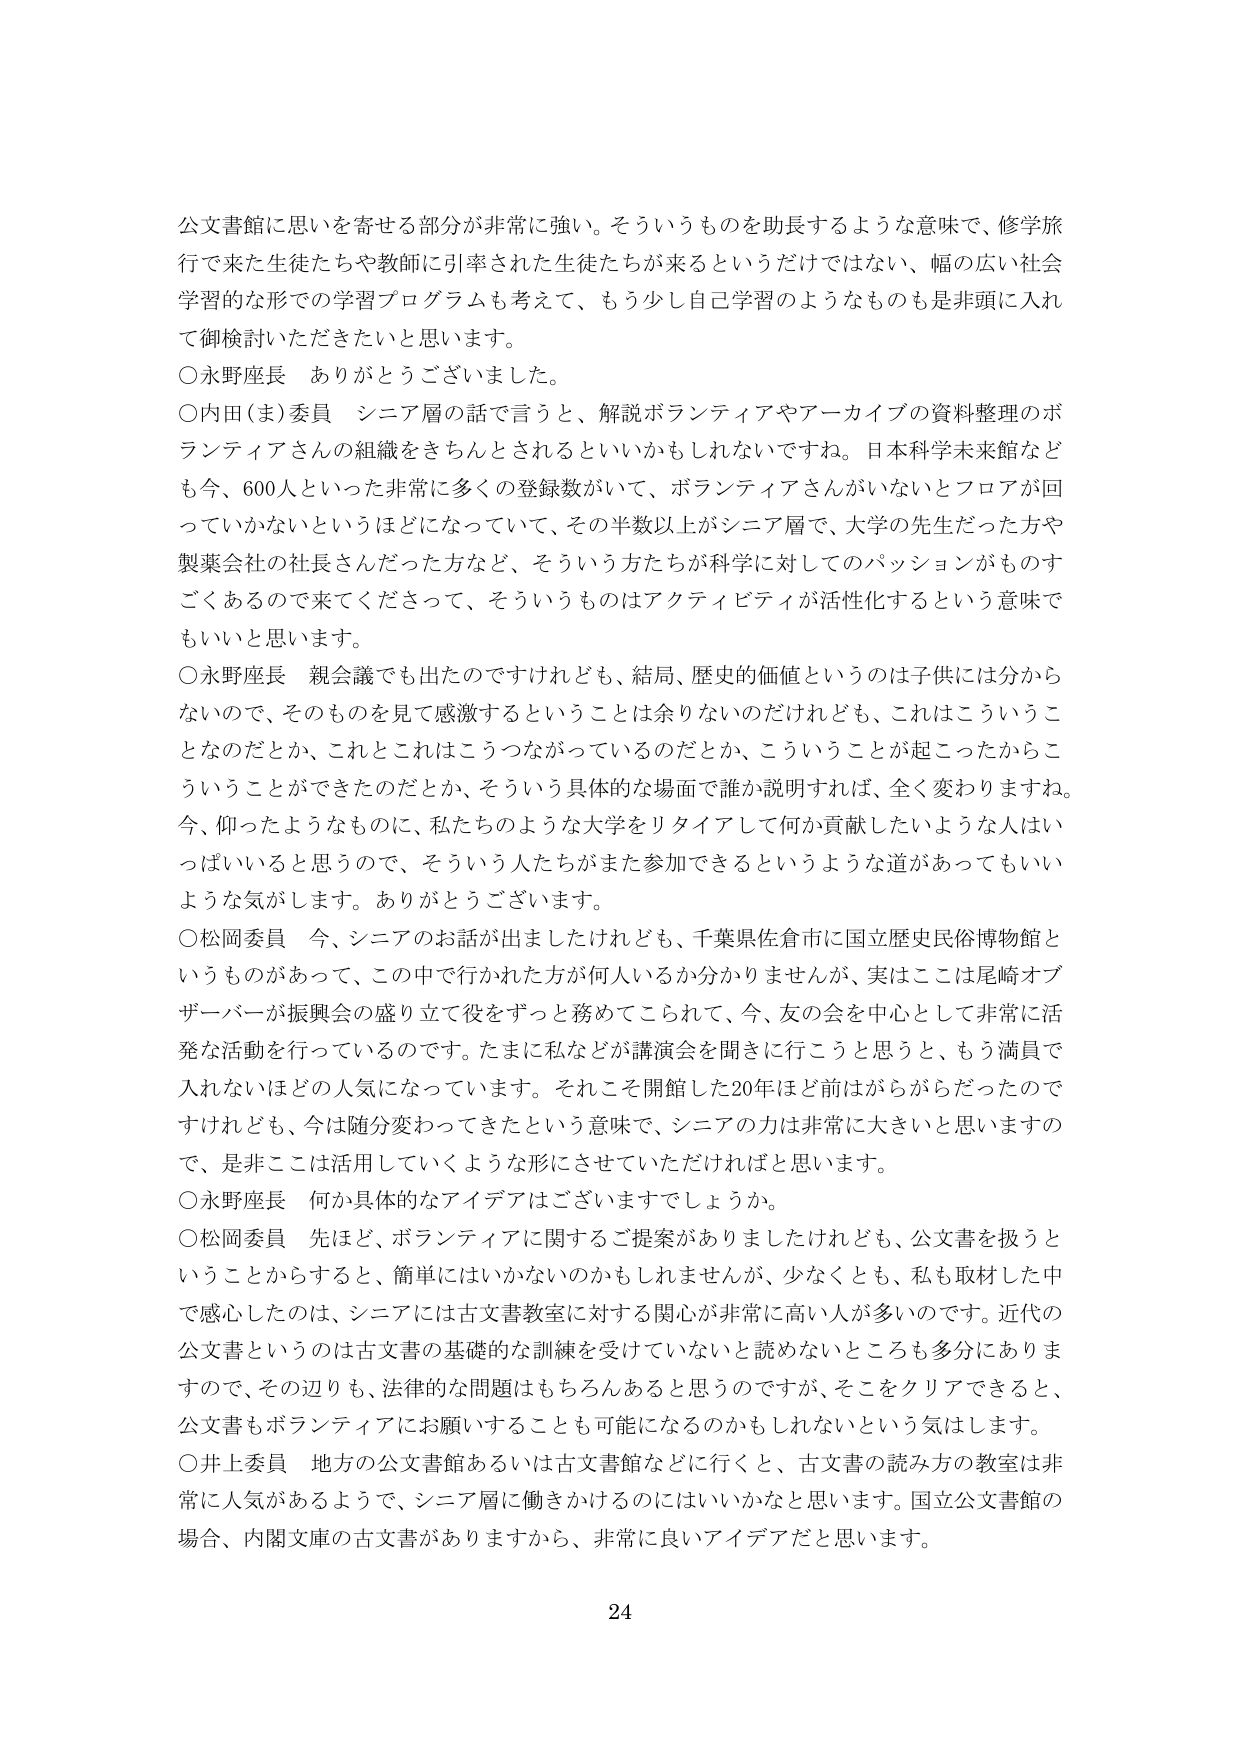
公文書館に思いを寄せる部分が非常に強い。そういうものを助長するような意味で、修学旅行で来た生徒たちや教師に引率された生徒たちが来るというだけではない、幅の広い社会学習的な形での学習プログラムも考えて、もう少し自己学習のようなものも是非頭に入れ て御検討いただきたいと思います。

○永野座長　ありがとうございました。

○内田（ま）委員　シニア層の話で言うと、解説ボランティアやアーカイブの資料整理のボランティアさんの組織をきちんとされるといいかもしれないですね。日本科学未来館なども今、600人といった非常に多くの登録数がいて、ボランティアさんがいないとフロアが回っていかないというほどになっていて、その半数以上がシニア層で、大学の先生だった方や製薬会社の社長さんだった方など、そういう方たちが科学に対してのパッションがものすごくあるので来てくださって、そういうものはアクティビティが活性化するという意味でもいいと思います。

○永野座長　親会議でも出たのですけれども、結局、歴史的価値というのは子供には分からないので、そのものを見て感激するということは余りないのだけれども、これはこういうことなのだとか、これとこれはこうつながっているのだとか、こういうことが起こったからこういうことができたのだとか、そういう具体的な場面で誰か説明すれば、全く変わりますね。今、仰ったようなものに、私たちのような大学をリタイアして何か貢献したいような人はいっぱいいると思うので、そういう人たちがまた参加できるというような道があってもいいような気がします。ありがとうございます。

○松岡委員　今、シニアのお話が出ましたけれども、千葉県佐倉市に国立歴史民俗博物館というものがあって、この中で行かれた方が何人いるか分かりませんが、実はここは尾崎オブザーバーが振興会の盛り立て役をずっと務めてこられて、今、友の会を中心として非常に活発な活動を行っているのです。たまに私などが講演会を聞きに行こうと思うと、もう満員で入れないほどの人気になっています。それこそ開館した20年ほど前はがらがらだったのですけれども、今は随分変わってきたという意味で、シニアの力は非常に大きいと思いますので、是非ここは活用していくような形にさせていただければと思います。

○永野座長　何か具体的なアイデアはございますでしょうか。

○松岡委員　先ほど、ボランティアに関するご提案がありましたけれども、公文書を扱うということからすると、簡単にはいかないのかもしれませんが、少なくとも、私も取材した中で感心したのは、シニアには古文書教室に対する関心が非常に高い人が多いのです。近代の公文書というのは古文書の基礎的な訓練を受けていないと読めないところも多分にありますので、その辺りも、法律的な問題はもちろんあると思うのですが、そこをクリアできると、公文書もボランティアにお願いすることも可能になるのかもしれないという気はします。

○井上委員　地方の公文書館あるいは古文書館などに行くと、古文書の読み方の教室は非常に人気があるようで、シニア層に働きかけるのにはいいかなと思います。国立公文書館の場合、内閣文庫の古文書がありますから、非常に良いアイデアだと思います。

24